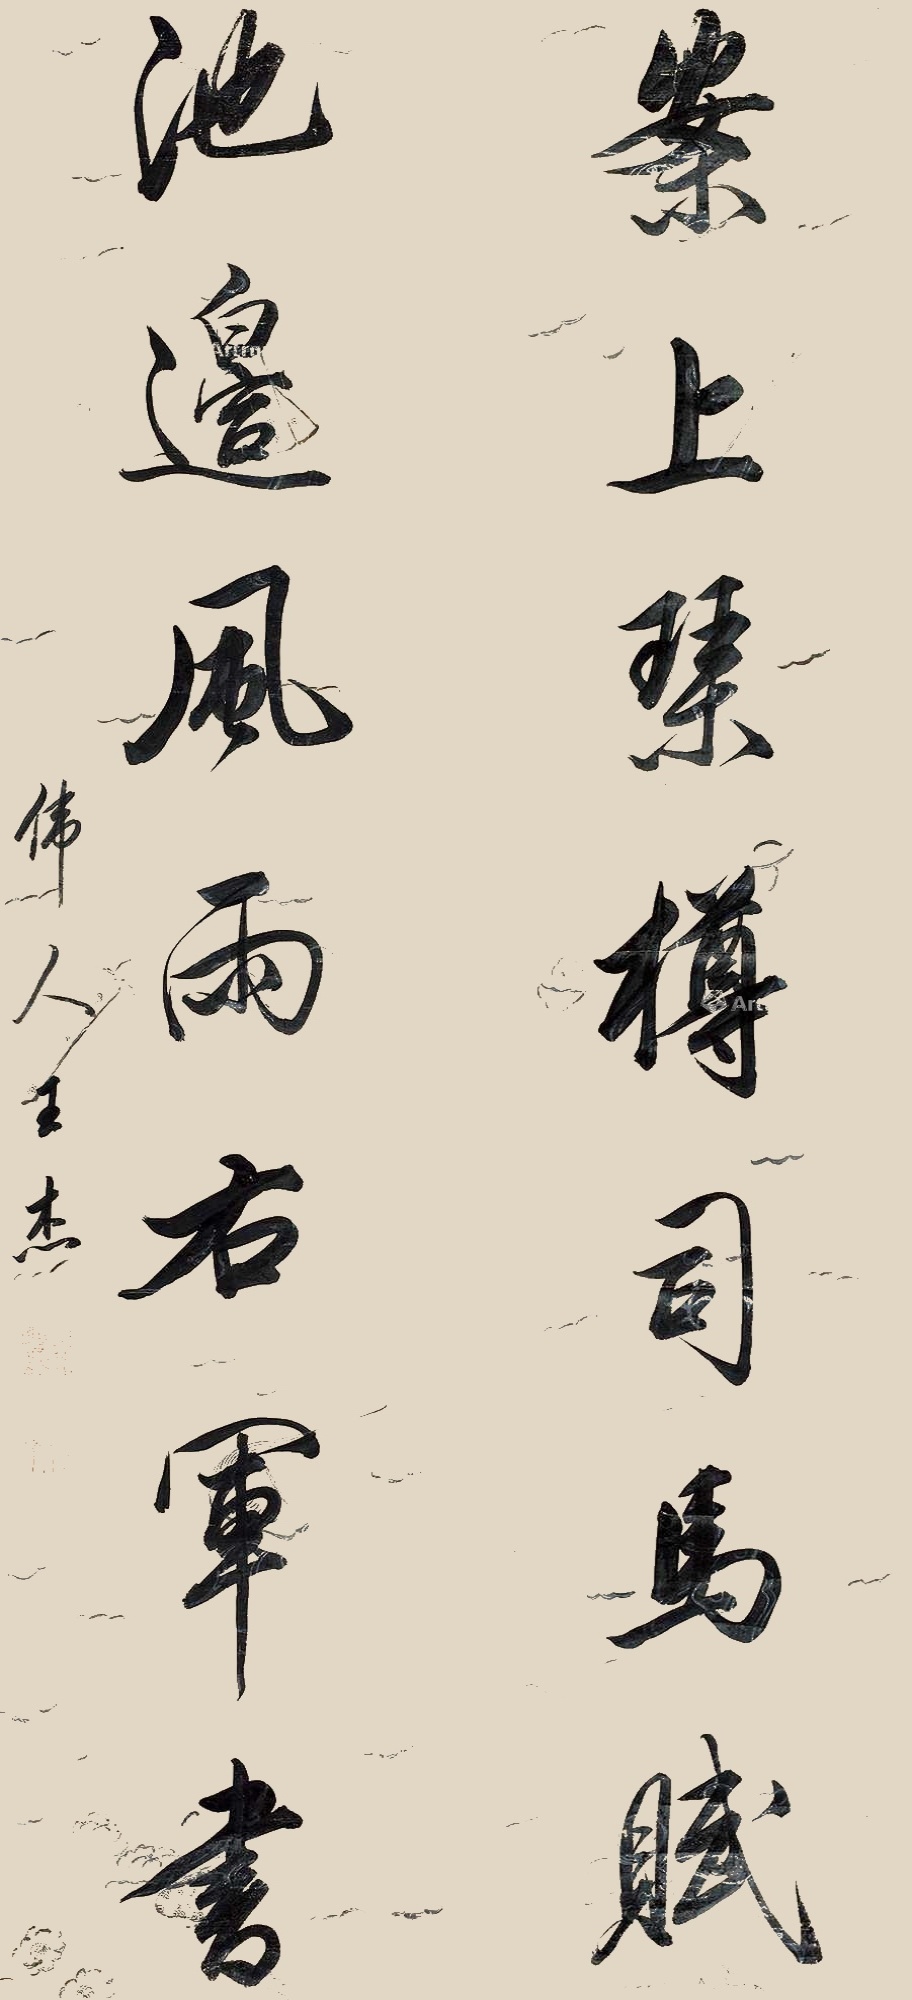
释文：案上琴樽司马赋，池边风雨右军书。伟人王杰。